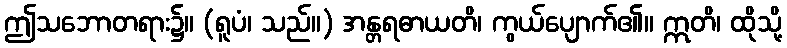
ဤသဘောတရား၌။ (ရူပံ၊ သည်။) အန္တရဓာယတိ၊ ကွယ်ပျောက်၏။ ဣတိ၊ ထိုသို့